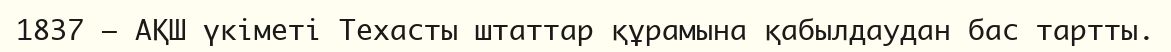
1837 — АҚШ үкіметі Техасты штаттар құрамына қабылдаудан бас тартты.